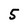
Character: 5